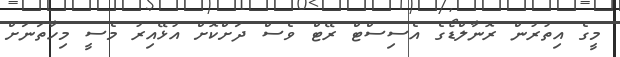
މީގެ އިތުރުން ރޮނާލްޑޯގެ އެސިސްޓް ރޭޓް ވެސް ދަށްކޮށް އުޅޭއިރު މެސީ މިހާތަނަށް